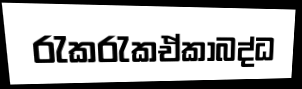
රැකරැකඒකාබද්ධ